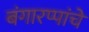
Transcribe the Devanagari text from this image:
बंगारप्पांचे